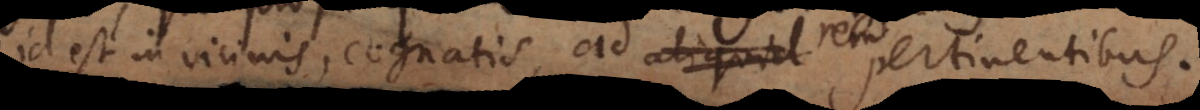
id est in vicinis, cognatis, ad aliquid pertinentibus.